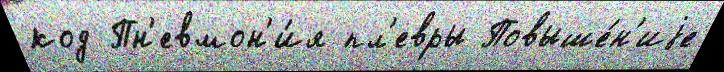
код Пн'евмон'и́я пл'евры Повыше́н'иjе